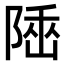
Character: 𨺭